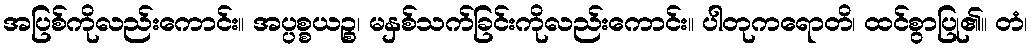
အပြစ်ကိုလည်းကောင်း။ အပ္ပစ္စယဉ္စ၊ မနှစ်သက်ခြင်းကိုလည်းကောင်း။ ပါတုကရောတိ၊ ထင်စွာပြု၏။ တံ၊